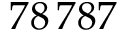
7 8 \, 7 8 7